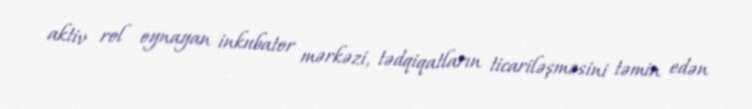
aktiv rol oynayan inkubator mərkəzi, tədqiqatların ticariləşməsini təmin edən